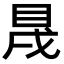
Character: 𥅛